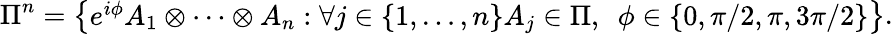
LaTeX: \Pi^{n}=\left\{ {\begin{array}{c}{e^{i\phi}A_{1}\otimes\cdots\otimes A_{n}:\forall j\in\left\{ 1,\ldots,n\right\} A_{j}\in\Pi,\ \ \phi\in\left\{ 0,\pi/2,\pi,3\pi/2\right\} }\end{array}}\right\} .